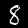
Label: 8